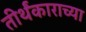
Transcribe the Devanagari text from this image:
तीर्थंकाराच्या